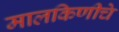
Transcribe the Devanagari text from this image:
मालकिणीचे